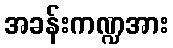
အခန်းကဏ္ဍအား